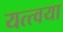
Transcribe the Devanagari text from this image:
यत्त्वया